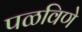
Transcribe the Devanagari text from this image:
पळविणे